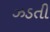
ઝડતી